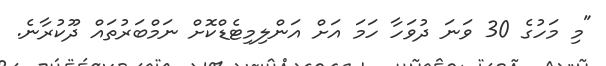
"މި މަހުގެ 30 ވަނަ ދުވަހާ ހަމަ އަށް އަންލިމިޓެޑްކޮށް ނަމްބަރުތައް ދޫކުރާނެ.